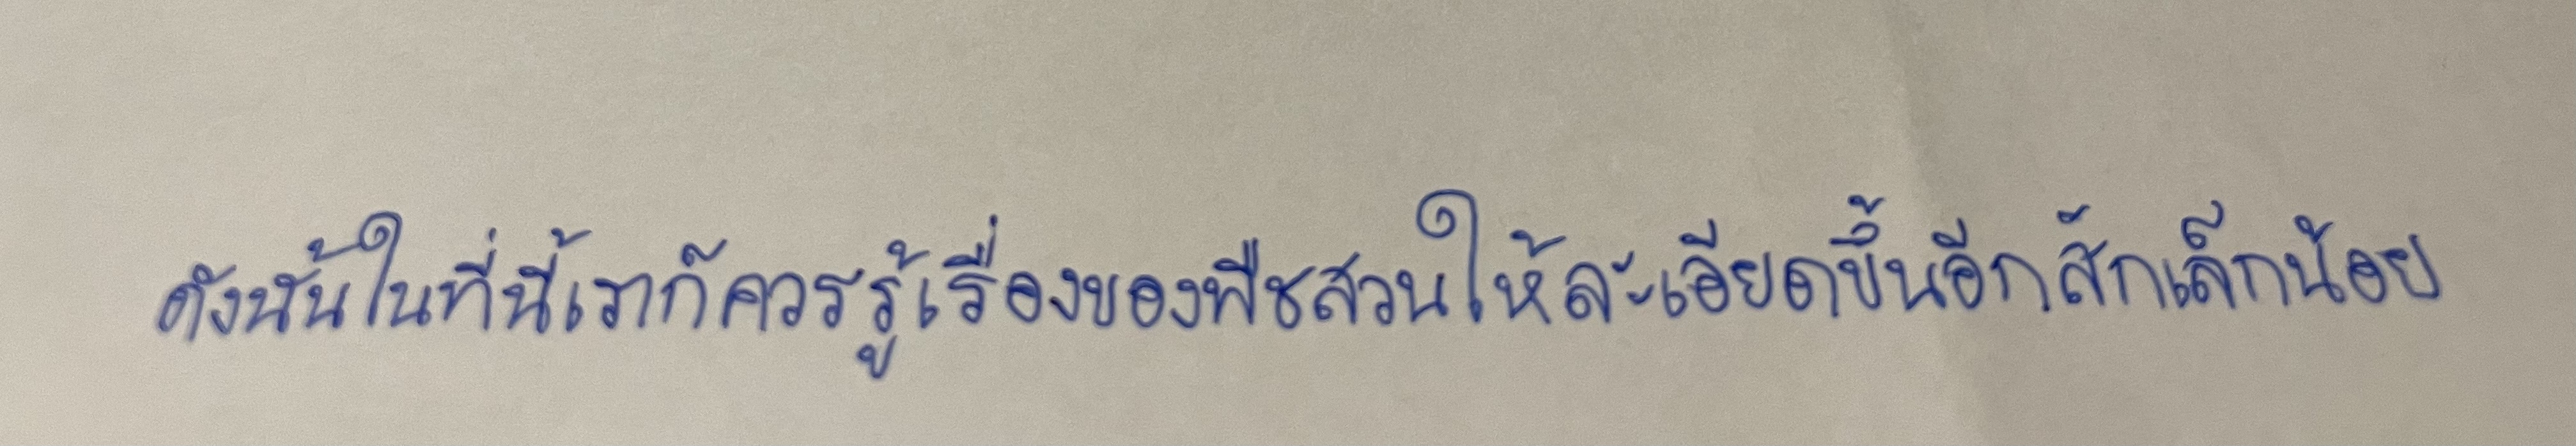
ดังนั้นในที่นี้เราก็ควรรู้เรื่องของพืชสวนให้ละเอียดขึ้นอีกสักเล็กน้อย